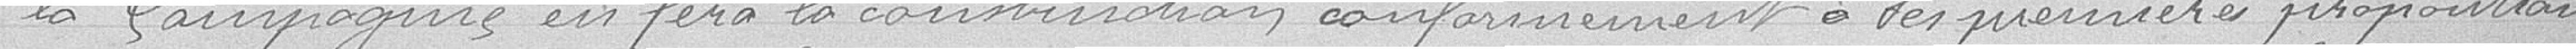
la Compagnie en fera la construction conformément à la première proposition,